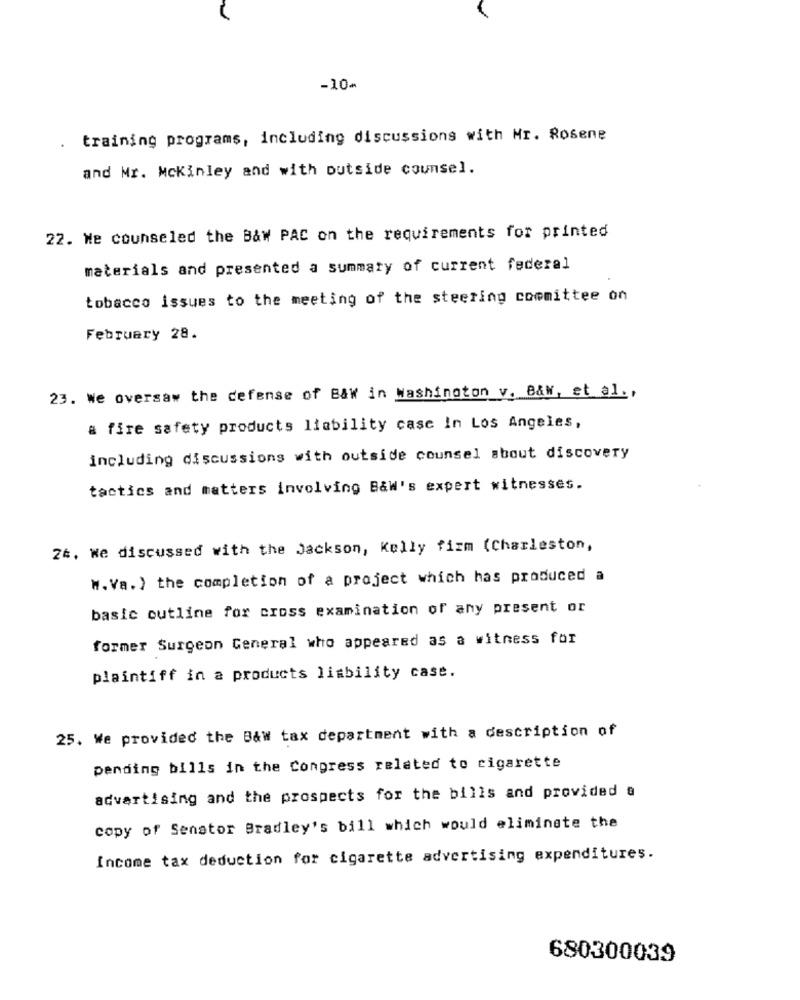
-10-
training programs, including discussions with Mr. Rosene
and Mr. Mckinley and with outside counsel.
22. We counseled the B&w PAC on the requirements for printed
materials and presented a summary of current federal
tobacco issues to the meeting of the steering committee on
February 28.
23. We oversaw the defense of B&W in Washington v. B&W, et al .,
a fire safety products liability case In Los Angeles,
including discussions with outside counsel about discovery
tactics and matters involving B&W's expert witnesses.
24. We discussed with the Jackson, Kelly fizm (Charleston,
W. Va. ) the completion of a project which has produced a
basic outline for cross examination of any present or
former Surgeon General who appeared as a witness for
plaintiff in a products lisbility case.
25. We provided the B&w tax department with a description of
pending bills in the Congress related to cigarette
advertising and the prospects for the bills and provided a
copy of Senator Bradley's bill which would eliminate the
Income tax deduction for cigarette advertising expenditures.
680300039